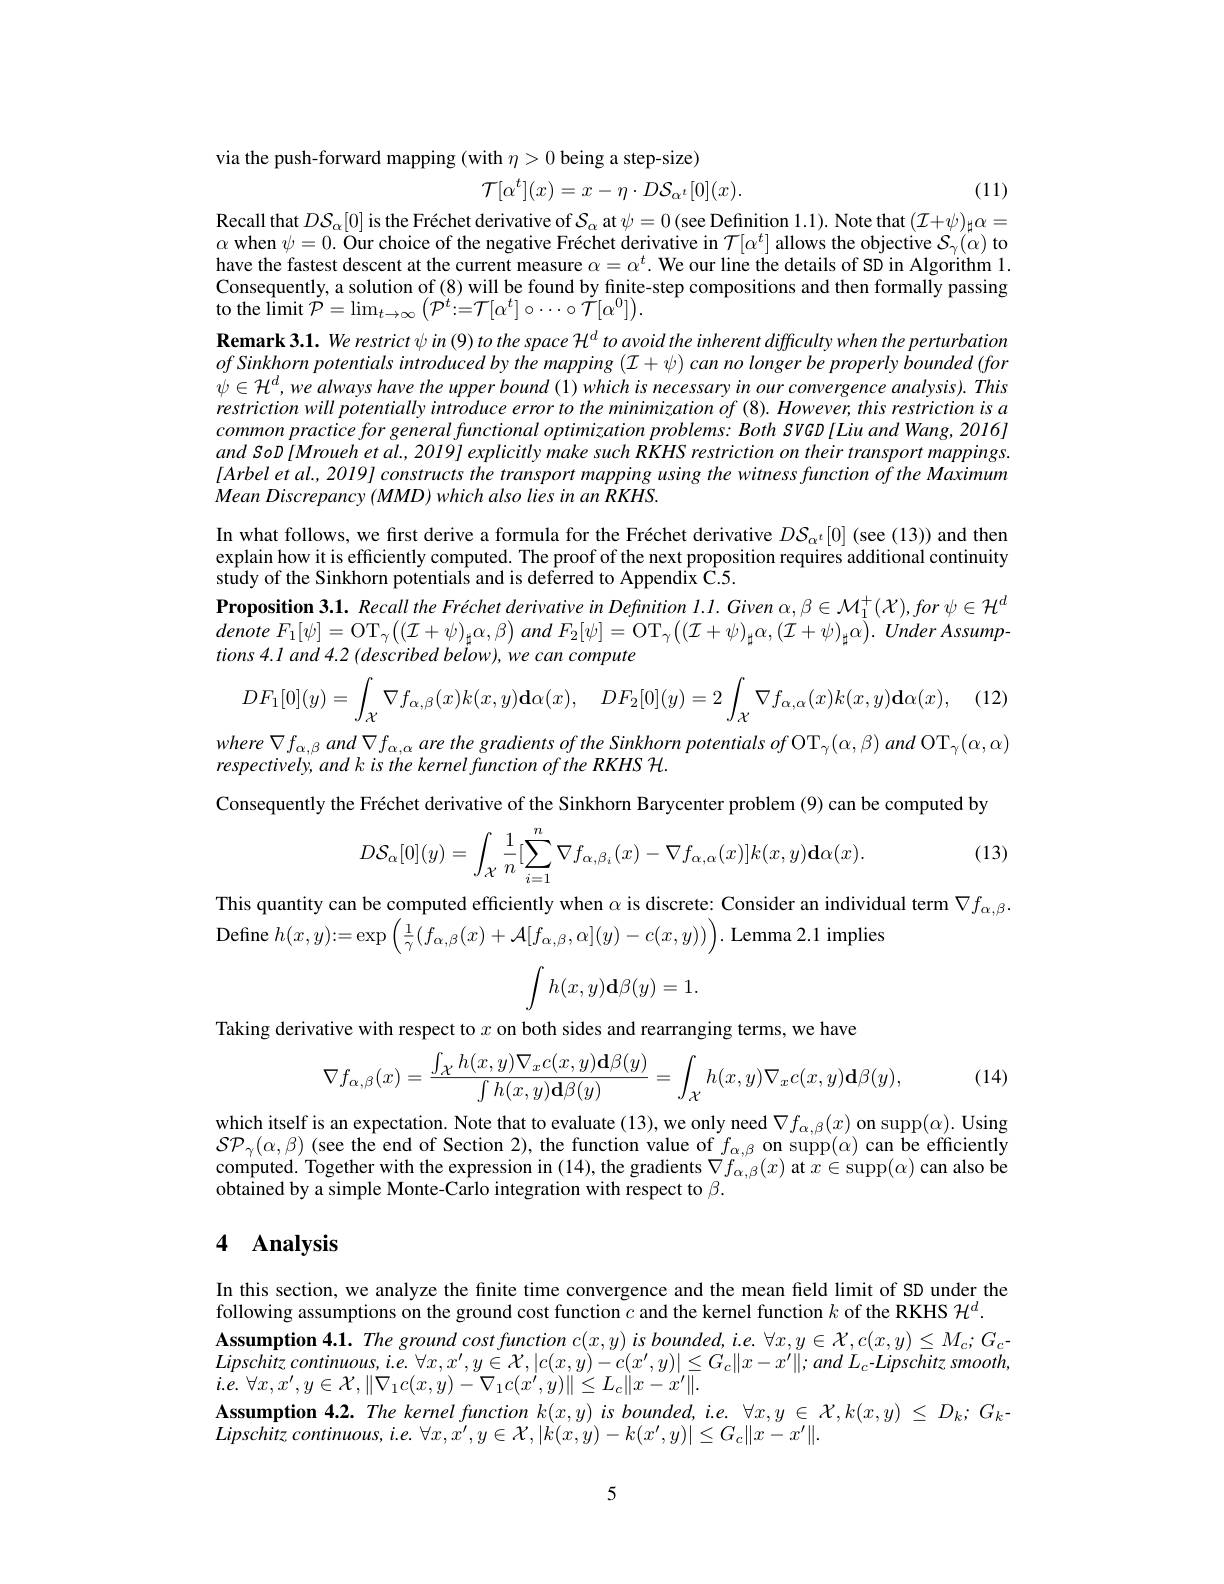
via the push-forward mapping (with $\eta>0$ being a step-size)
$$\mathcal{T}[\alpha^t](x)=x-\eta\cdot D\mathcal{S}_{\alpha^t}[0](x).$$
(11)

Recall that $D\mathcal{S}_\alpha[0]$ is the Fréchet derivative of $\mathcal{S}_\alpha$ at $\psi=0($see Definition 1.1). Note that $(\mathcal{I}+\psi)_\sharp\alpha=$

$\alpha$ when $\psi=0.$ Öur choice of the negative Fréchet derivative in $\mathcal{T}[\alpha^t]$ allows the objective $\mathcal{S}_\gamma(\alpha)$ to

have the fastest descent at the current measure $\alpha=\alpha^t.$ We our line the details of SD in Algorithm 1.

Consequently, a solution of (8) will be found by finite-step compositions and then formally passing

to the limit $\tilde{\mathcal{P}}=\lim_{t\to\infty}\left(\mathcal{P}^{t}:=\mathcal{T}[\alpha^{t}]\circ\cdots\circ\tilde{\mathcal{T}}[\alpha^{0}]\right).$

Remark 3.1. We restrict ψ in (9) to the space H$^d$ to avoid the inherent difficulty when the perturbation

ofSinkhorn potentials introduced by the mapping $(\mathcal{I}+\psi)$ can no longer be properly bounded (for

$\psi\in\mathcal{H}^d,we$ always have the upper bound (1) which is necessary in our comvergence analysis). This

restriction will potentially introduce error to the minimization of (8). However, this restriction is a

$commonpracticeforgeneralfunctionaloptimizationproblems:BothSVGD[LiuandWang,2016]$

and SoD[Mroueh et al., 2019] explicitly make such RKHS restriction on their transport mappings.

$[Arbeletal.,2019]constructsthe$ transport mapping using the witness function of the Maximum

Mean Discrepancy (MMD) which also lies in an RKHS.

In what follows, we first derive a formula for the Fréchet derivative $DS_{\alpha^t}[0]$ (see (13)) and then

explain how it is efficiently computed. The proof of the next proposition requires additional continuity

study of the Sinkhorn potentials and is deferred to Appendix C.5.

Proposition 3.1. Recall the Fréchet derivative in Definition $l. l. Given$ $\alpha , \beta \in \mathcal{M} _1^+ ( \mathcal{X} ) , for$ $\psi \in \mathcal{H} ^{d}$

denote $F_{1}[ \psi ] = \mathrm{OT}_{\gamma }\left ( ( \mathcal{I} + \psi ) _{\sharp }\alpha , \beta \right )$ and $F_{2}[ \psi ] = \mathrm{OT}_{\gamma }\left ( ( \mathcal{I} + \psi ) _{\sharp }\alpha , ( \mathcal{I} + \psi ) _{\sharp }\alpha \right ) .$ Under Assump

tions 4.1 and 4.2 (described below), we can compute
$$DF_{1}[0](y)=\int_{\mathcal{X}}\nabla f_{\alpha,\beta}(x)k(x,y)\mathbf{d}\alpha(x),\quad DF_{2}[0](y)=2\int_{\mathcal{X}}\nabla f_{\alpha,\alpha}(x)k(x,y)\mathbf{d}\alpha(x),$$
where $\nabla f_{\alpha , \beta }$ and $\nabla f_{\alpha , \alpha }$ are the gradients $of$ the Sinkhorn potentials $of$ $\mathrm{OT}_{\gamma }( \alpha , \beta )$ and $\mathrm{OT}_{\gamma }( \alpha , \alpha )$

Consequently the Fréchet derivative of the Sinkhorn Barycenter problem (9) can be computed by

(13)
$$D\mathcal{S}_{\alpha}[0](y)=\int_{\mathcal{X}}\dfrac{1}{n}[\sum_{i=1}^{n}\nabla f_{\alpha,\beta_{i}}(x)-\nabla f_{\alpha,\alpha}(x)]k(x,y)\mathbf{d}\alpha(x).$$
This quantity can be computed efficiently when $\alpha$ is discrete: Consider an individual term $\nabla f_{\alpha,\beta}.$
${\textbf{Define }h(x,y):=\exp\left(\frac{1}{\gamma}(f_{\alpha,\beta}(x)+\mathcal{A}[f_{\alpha,\beta},\alpha](y)-c(x,y))\right).}$Lemma2.1 implies
$$\int h(x,y)\mathbf{d}\beta(y)=1.$$
Taking derivative with respect to $x$ on both sides and rearranging terms, we have
$$\nabla f_{\alpha,\beta}(x)=\frac{\int_{\mathcal{X}}h(x,y)\nabla_xc(x,y)\mathbf{d}\beta(y)}{\int h(x,y)\mathbf{d}\beta(y)}=\int_{\mathcal{X}}h(x,y)\nabla_xc(x,y)\mathbf{d}\beta(y),$$
(14)

which itself is an expectation. Note that to evaluate (13), we only need $\nabla f_\alpha,\beta(x)$ on supp$(\alpha).$ Using $\mathcal{SP}_{\gamma}(\alpha,\beta)$ (see the end of Section 2), the function value of $f_{\alpha,\beta}$ on supp$(\alpha)$ can be efficiently computed. Together with the expression in (14), the gradients $\nabla f_{\alpha,\beta}^{\prime\prime}(x)$ at $x\in\operatorname{supp}(\alpha)$ can also be $\dot{\text{obtained by a simple Monte-Carlo integration with respect to }\beta}.$

## 4 Analysis

In this section, we analyze the finite time convergence and the mean field limit of SD under the
following assumptions on the ground cost function $c$ and the kernel function $k$ of the RKHS $\mathcal{H}^d.$
Assumption 4.1. The ground cost function c$(x,y)$ is bounded, i.e. $\forall x,y\in\mathcal{X},c(x,y)\leq M_{c};G_{c}$- Lipschitz continuous, i.e. $\forall x,x^{\prime},y\in\mathcal{X},|c(x,y)-c(x^{\prime},y)|\leq G_{c}\|x-x^{\prime}\|;and~L_{c}-Lipschitz~smooth$, $i. e.$ $\forall x, x^{\prime }, y\in \mathcal{X} , \| \nabla _{1}c( x, y) - \nabla _{1}c( x^{\prime }, y) \| \leq L_{c}\| x- x^{\prime }\| .$
Assumption 4.2. The kernel function $k(x,y)$ is bounded, i.e. $\forall x,y\in\mathcal{X},k(x,y)\leq D_k;G_k$-
Lipschitz $continuous$, $i. e.$ $\forall x, \dot{x^{\prime }} , y\in \mathcal{X} , | \dot{k} ( x, y) - k( x^{\prime }, y) | \leq G_{c}\| x- x^{\prime }\| .$

5